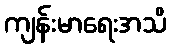
ကျန်းမာရေးအသိ